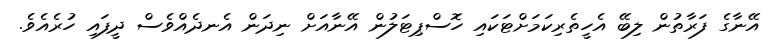
އޭނާގެ ފަރާތުން ލިބޭ އެހީތެރިކަމަށްޓަކައި ހޮސްޕިޓަލުން އޭނާއަށް ނިދަން އެނދެއްވެސް ދީފައި ހުރެއެވެ.